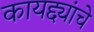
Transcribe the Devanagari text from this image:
कायद्द्यांचे